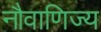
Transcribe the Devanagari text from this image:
नौवाणिज्य